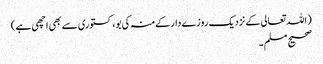
( اللہ تعالی کےنزدیک روزےدارکےمنہ کی بو، کستوری سےبھی اچھی ہے )
صحیح مسلم ۔